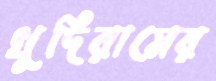
খুদিরামের